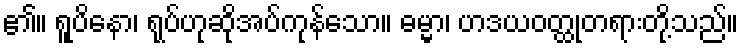
၏။ ရူပိနော၊ ရုပ်ဟုဆိုအပ်ကုန်သော။ ဓမ္မာ၊ ဟဒယဝတ္ထုတရားတို့သည်။